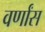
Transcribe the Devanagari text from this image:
वर्णांस